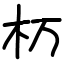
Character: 杤